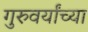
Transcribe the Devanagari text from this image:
गुरुवर्यांच्या